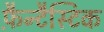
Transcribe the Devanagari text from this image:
फ़ैन्टैस्टिक